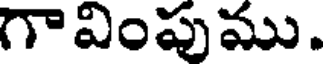
గావింపుము.